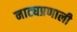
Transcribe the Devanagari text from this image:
नाट्यप्रणाली